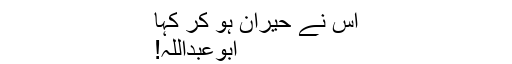
اس نے حیران ہو کر کہا
ابوعبداللہ!